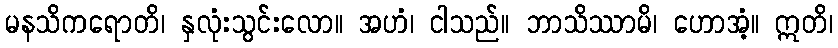
မနသိကရောတိ၊ နှလုံးသွင်းလော။ အဟံ၊ ငါသည်။ ဘာသိဿာမိ၊ ဟောအံ့။ ဣတိ၊